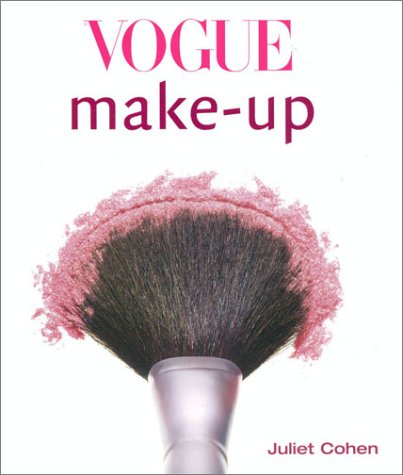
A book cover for Vogue Make-Up; Juliet Cohen; Health, Fitness & Dieting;